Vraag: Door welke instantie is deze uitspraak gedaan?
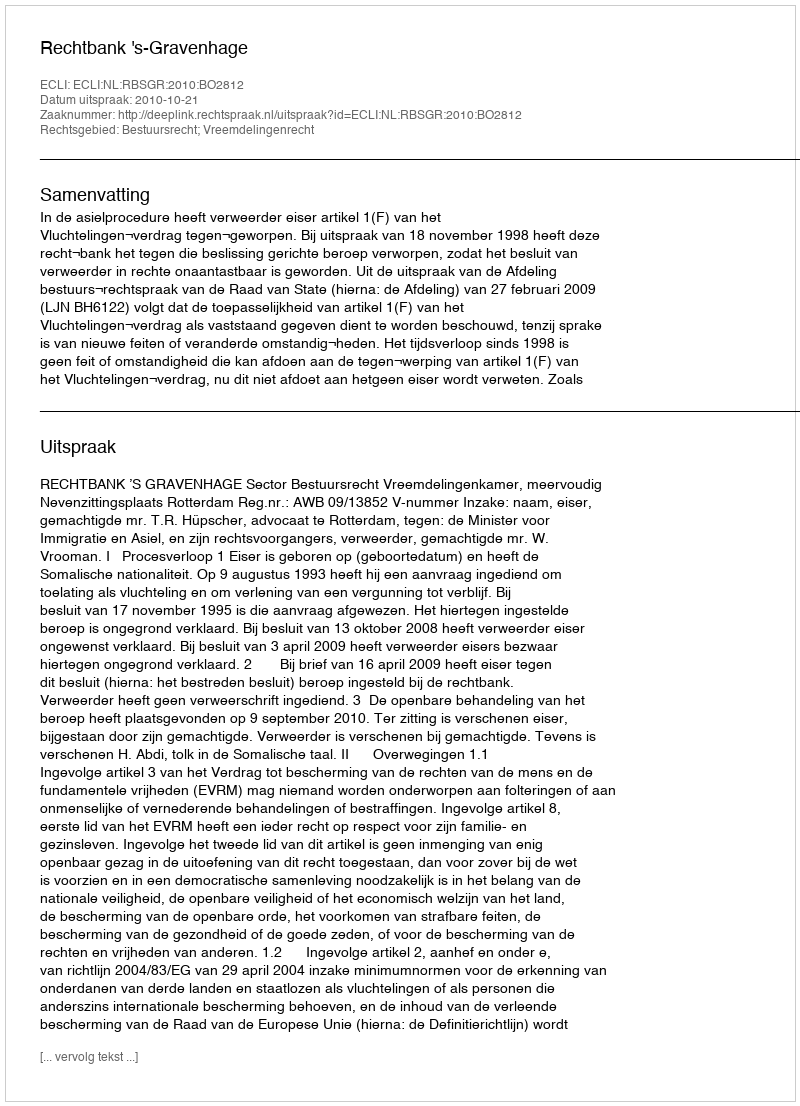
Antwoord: Rechtbank 's-Gravenhage